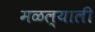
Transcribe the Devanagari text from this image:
मळल्याली